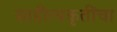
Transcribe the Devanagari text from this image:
साहीत्यकृतींचा